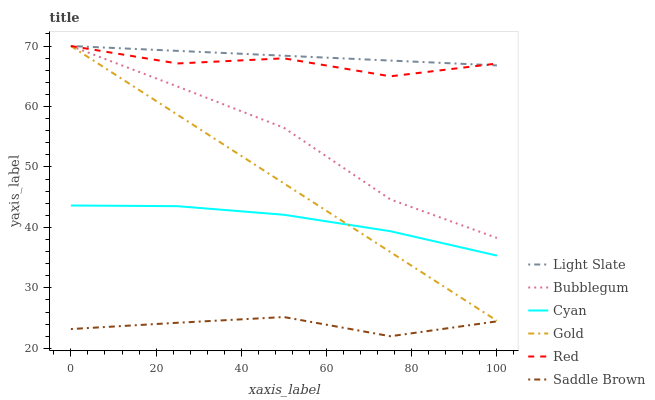
| xaxis_label | Light Slate | Bubblegum | Cyan | Gold | Red | Saddle Brown |
 | --- | --- | --- | --- | --- | --- | --- |
 | 0 | 70 | 70 | 43.6 | 70 | 70 | 23.2 |
 | 25 | 69.2 | 63.3 | 43.5 | 58.6 | 67.1 | 24.2 |
 | 50 | 68.4 | 56.5 | 42.1 | 47.3 | 68 | 25.2 |
 | 75 | 67.6 | 44.6 | 39.4 | 35.9 | 65 | 22 |
 | 100 | 66.8 | 38.3 | 35.3 | 24.6 | 67.1 | 24.5 |